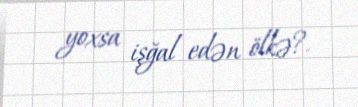
yoxsa işğal edən ölkə?.